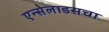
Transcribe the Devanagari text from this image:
एन्सेलाडसचा